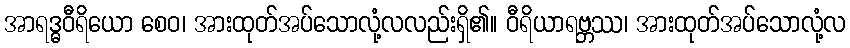
အာရဒ္ဓဝီရိယော စေဝ၊ အားထုတ်အပ်သောလုံ့လလည်းရှိ၏။ ဝီရိယာရဗ္ဘဿ၊ အားထုတ်အပ်သောလုံ့လ